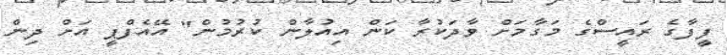
ފީފާގެ ރައީސްގެ މަގާމަށް ވާދަކުރާ ކަން އިއުލާން ކުރުމުން" އޭއެފްޕީ އަށް ދިން